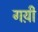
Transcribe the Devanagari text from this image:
गय़ी